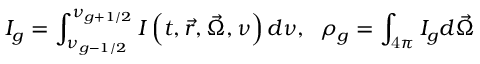
I _ { g } = \int _ { \nu _ { g - { 1 \mathord { \left/ { \vphantom { 1 2 } } \right. \kern - \nulldelimiterspace } 2 } } } ^ { \nu _ { g + { 1 \mathord { \left/ { \vphantom { 1 2 } } \right. \kern - \nulldelimiterspace } 2 } } } I \left( t , \vec { r } , \vec { \Omega } , \nu \right) d \nu , \; \; \rho _ { g } = \int _ { \mathrm { 4 } \pi } I _ { g } d \vec { \Omega }